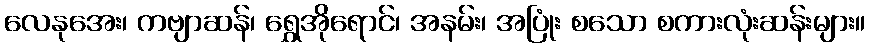
လေနုအေး၊ ကဗျာဆန်၊ ရွှေအိုရောင်၊ အနမ်း၊ အပြုံး စသော စကားလုံးဆန်းများ။